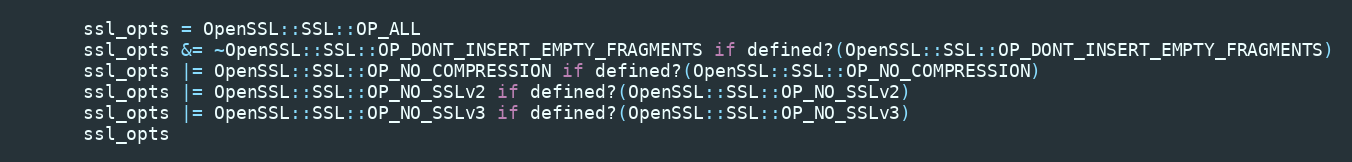
Language: Ruby
      ssl_opts = OpenSSL::SSL::OP_ALL
      ssl_opts &= ~OpenSSL::SSL::OP_DONT_INSERT_EMPTY_FRAGMENTS if defined?(OpenSSL::SSL::OP_DONT_INSERT_EMPTY_FRAGMENTS)
      ssl_opts |= OpenSSL::SSL::OP_NO_COMPRESSION if defined?(OpenSSL::SSL::OP_NO_COMPRESSION)
      ssl_opts |= OpenSSL::SSL::OP_NO_SSLv2 if defined?(OpenSSL::SSL::OP_NO_SSLv2)
      ssl_opts |= OpenSSL::SSL::OP_NO_SSLv3 if defined?(OpenSSL::SSL::OP_NO_SSLv3)
      ssl_opts